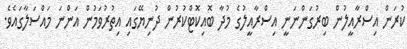
ކުރަން އިސްރާއީލުން ބިރުގަންނަނީ އިސްރާއީލުގެ މުދާ ބޮއިކޮޓްކުރުން ދުނިޔޭގައި އިތުރުވަމުން އަންނަ މައްސަލާގައެވެ.